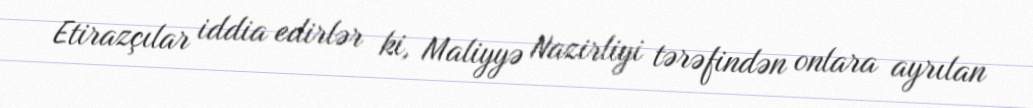
Etirazçılar iddia edirlər ki, Maliyyə Nazirliyi tərəfindən onlara ayrılan